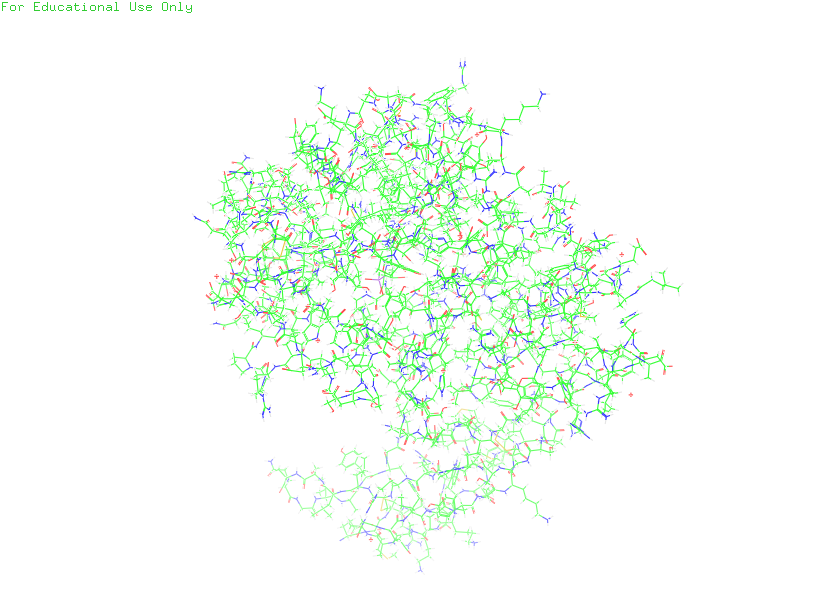
pymol, preset, default